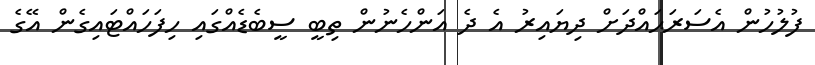
ފުލުހުން އެސަރަޙައްދަށް ދިޔައިރު އެ ދެ އަންހެނުން ތިބީ ސީބެޑެއްގައި ހިފަހައްޓައިގެން އޭގެ